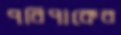
পরিপাকের